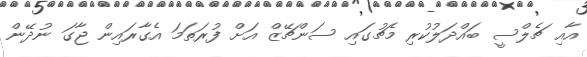
އާއި ޗެލްސީ ބައްދަލުކުރި މެޗުގައި ސަންޗޭޒް އަށް ފުރަތަމަ އެގާރައިން ޖާގަ ނުދޭން